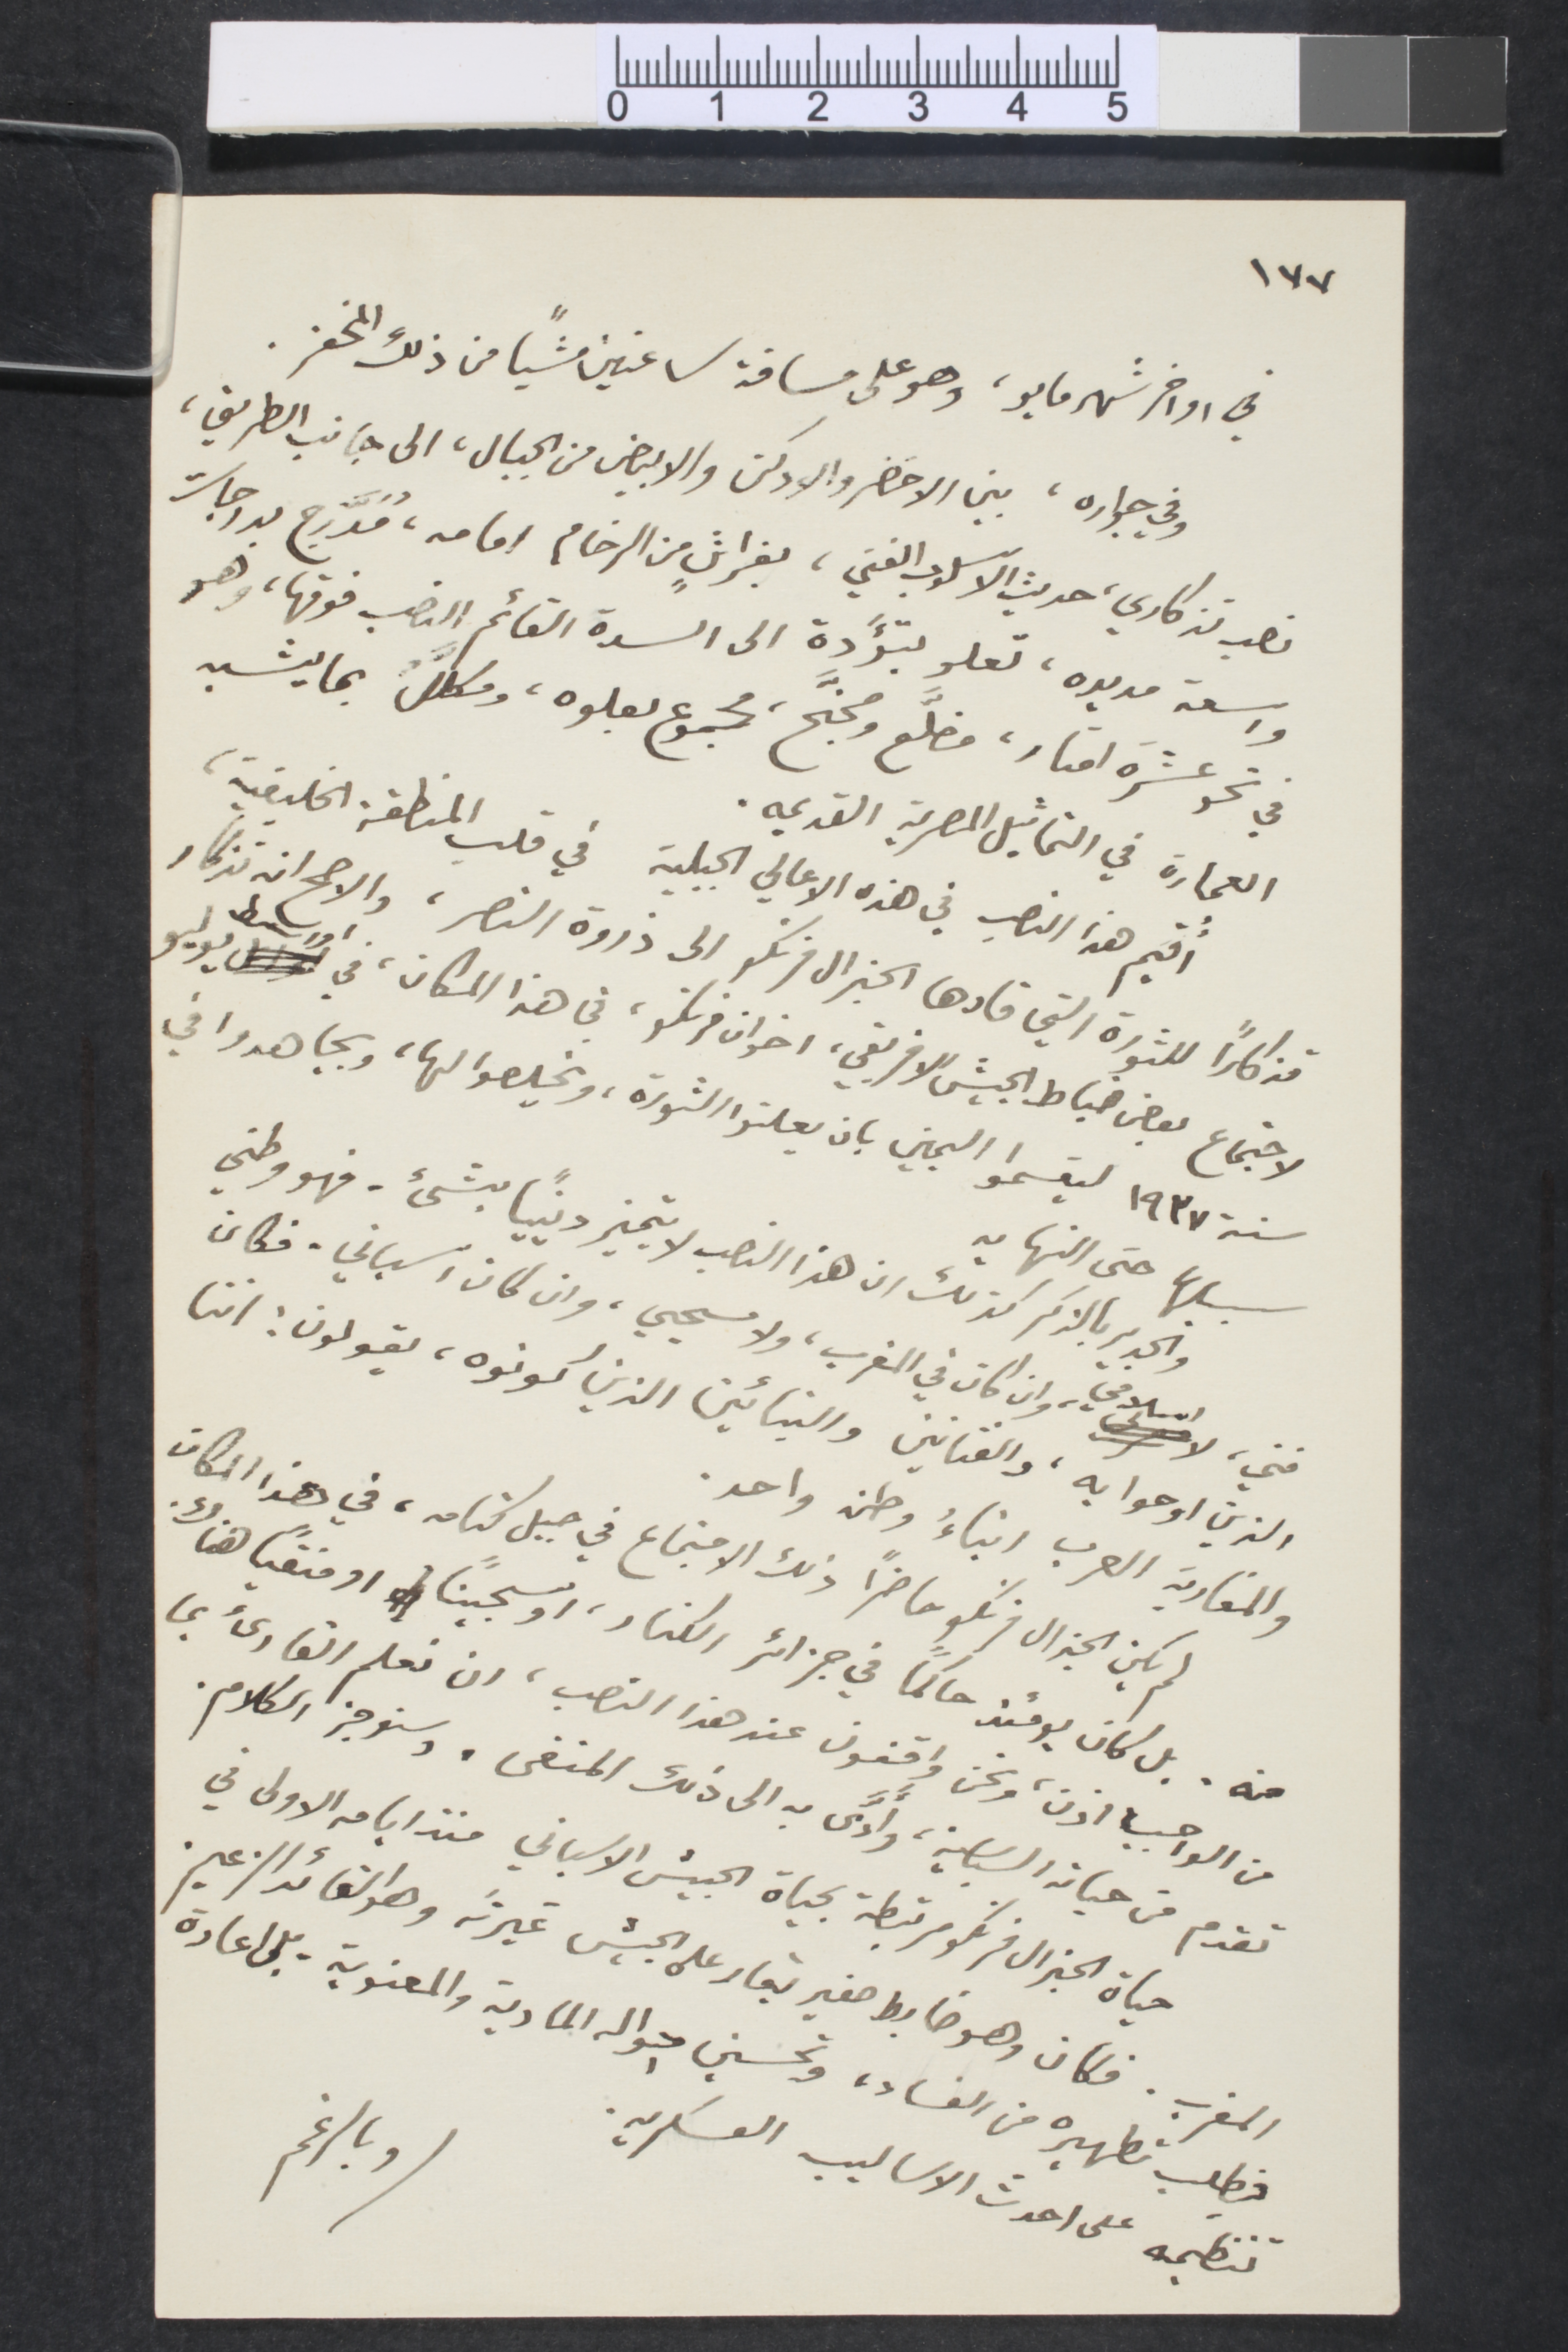
١٧٧
في اواخر شهرمايو، وهو على مسافة ساعتين مشيًا من ذلك المخفر.
وفي جواره، بين الاخضر والأدكن والأبيض من الجبال، الى جانب الطريق،
نصب تذ كاري، حديث الاسلوب الفني، بفراش من الرخام امامه، مُدّرج بدرجات
واسعة مديده، تعلو بتؤدة الى السدة القائم النصب فوقها، وهو
في نحوعشرة امتار، مضلّع ومجنّح، مجموع بعلوه، ومكلّل بما يشبه
العمارة في التماثيل المصرية القديمة.
أقيم هذا النصب في هذه الاعالي الجبلية في قلب المنطقة الخليفية،
تذكارًا للثورة التي قادها الجنرال فرنكو إلى ذروة النصر، والأصح انه تذكار
لاجتماع بعض ضباط الجيش الافريقي، اخوان فرنكو، في هذا المكان، في اواسط يوليو
سنة ١۹۳۷ ليقسموا اليمين بان يعلنوا الثورة، ويخلصوا لها، ويجاهدوا في
سبيلها حتى النهاية
والجدير بالذكر كذلك ان هذا النصب لا يتميز دينيًا بشيء - فهو وطني
فني لا اسلامي، وان كان في المغرب، ولا مسيحي، وان كان اسباني. فكان
الذين اوحوا به، والفنانين والبنائين الذين كونوه، يقولون: اننا
والمغاربة العرب ابناء وطن واحد.
لم يكن الجنرال فرنكو حاضرًا ذلك الاجتماع في جبل كنامه، في هذا المكان
منه. بل كان يومئذ حاكمًا في جزائر الكنار، اوسجينًا او منفيًا هناك.
من الواجب اذن، ونحن واقفون عند هذا النصب، ان نعلم القارئ بما
تقدم من حياته السياسية، وأدّى به الى ذلك المنفى. وسنوجز الكلام.
حياة الجنرال فرنكو مرتبطة بحياة الجيش الاسباني منذ ايامه الأولى في
المفرب. فكان وهو ضابط صغير يغار على الجيش غيرته وهو القائد الزعيم.
وبالرغم
فطلب تطهيره من الفساد، وتحسين احاوله المادية والمعنوية، بل اعادة
تنظيمه على احدث الاساليب العسكرية.